Leningradi_Edasi_toimetus, lk 25
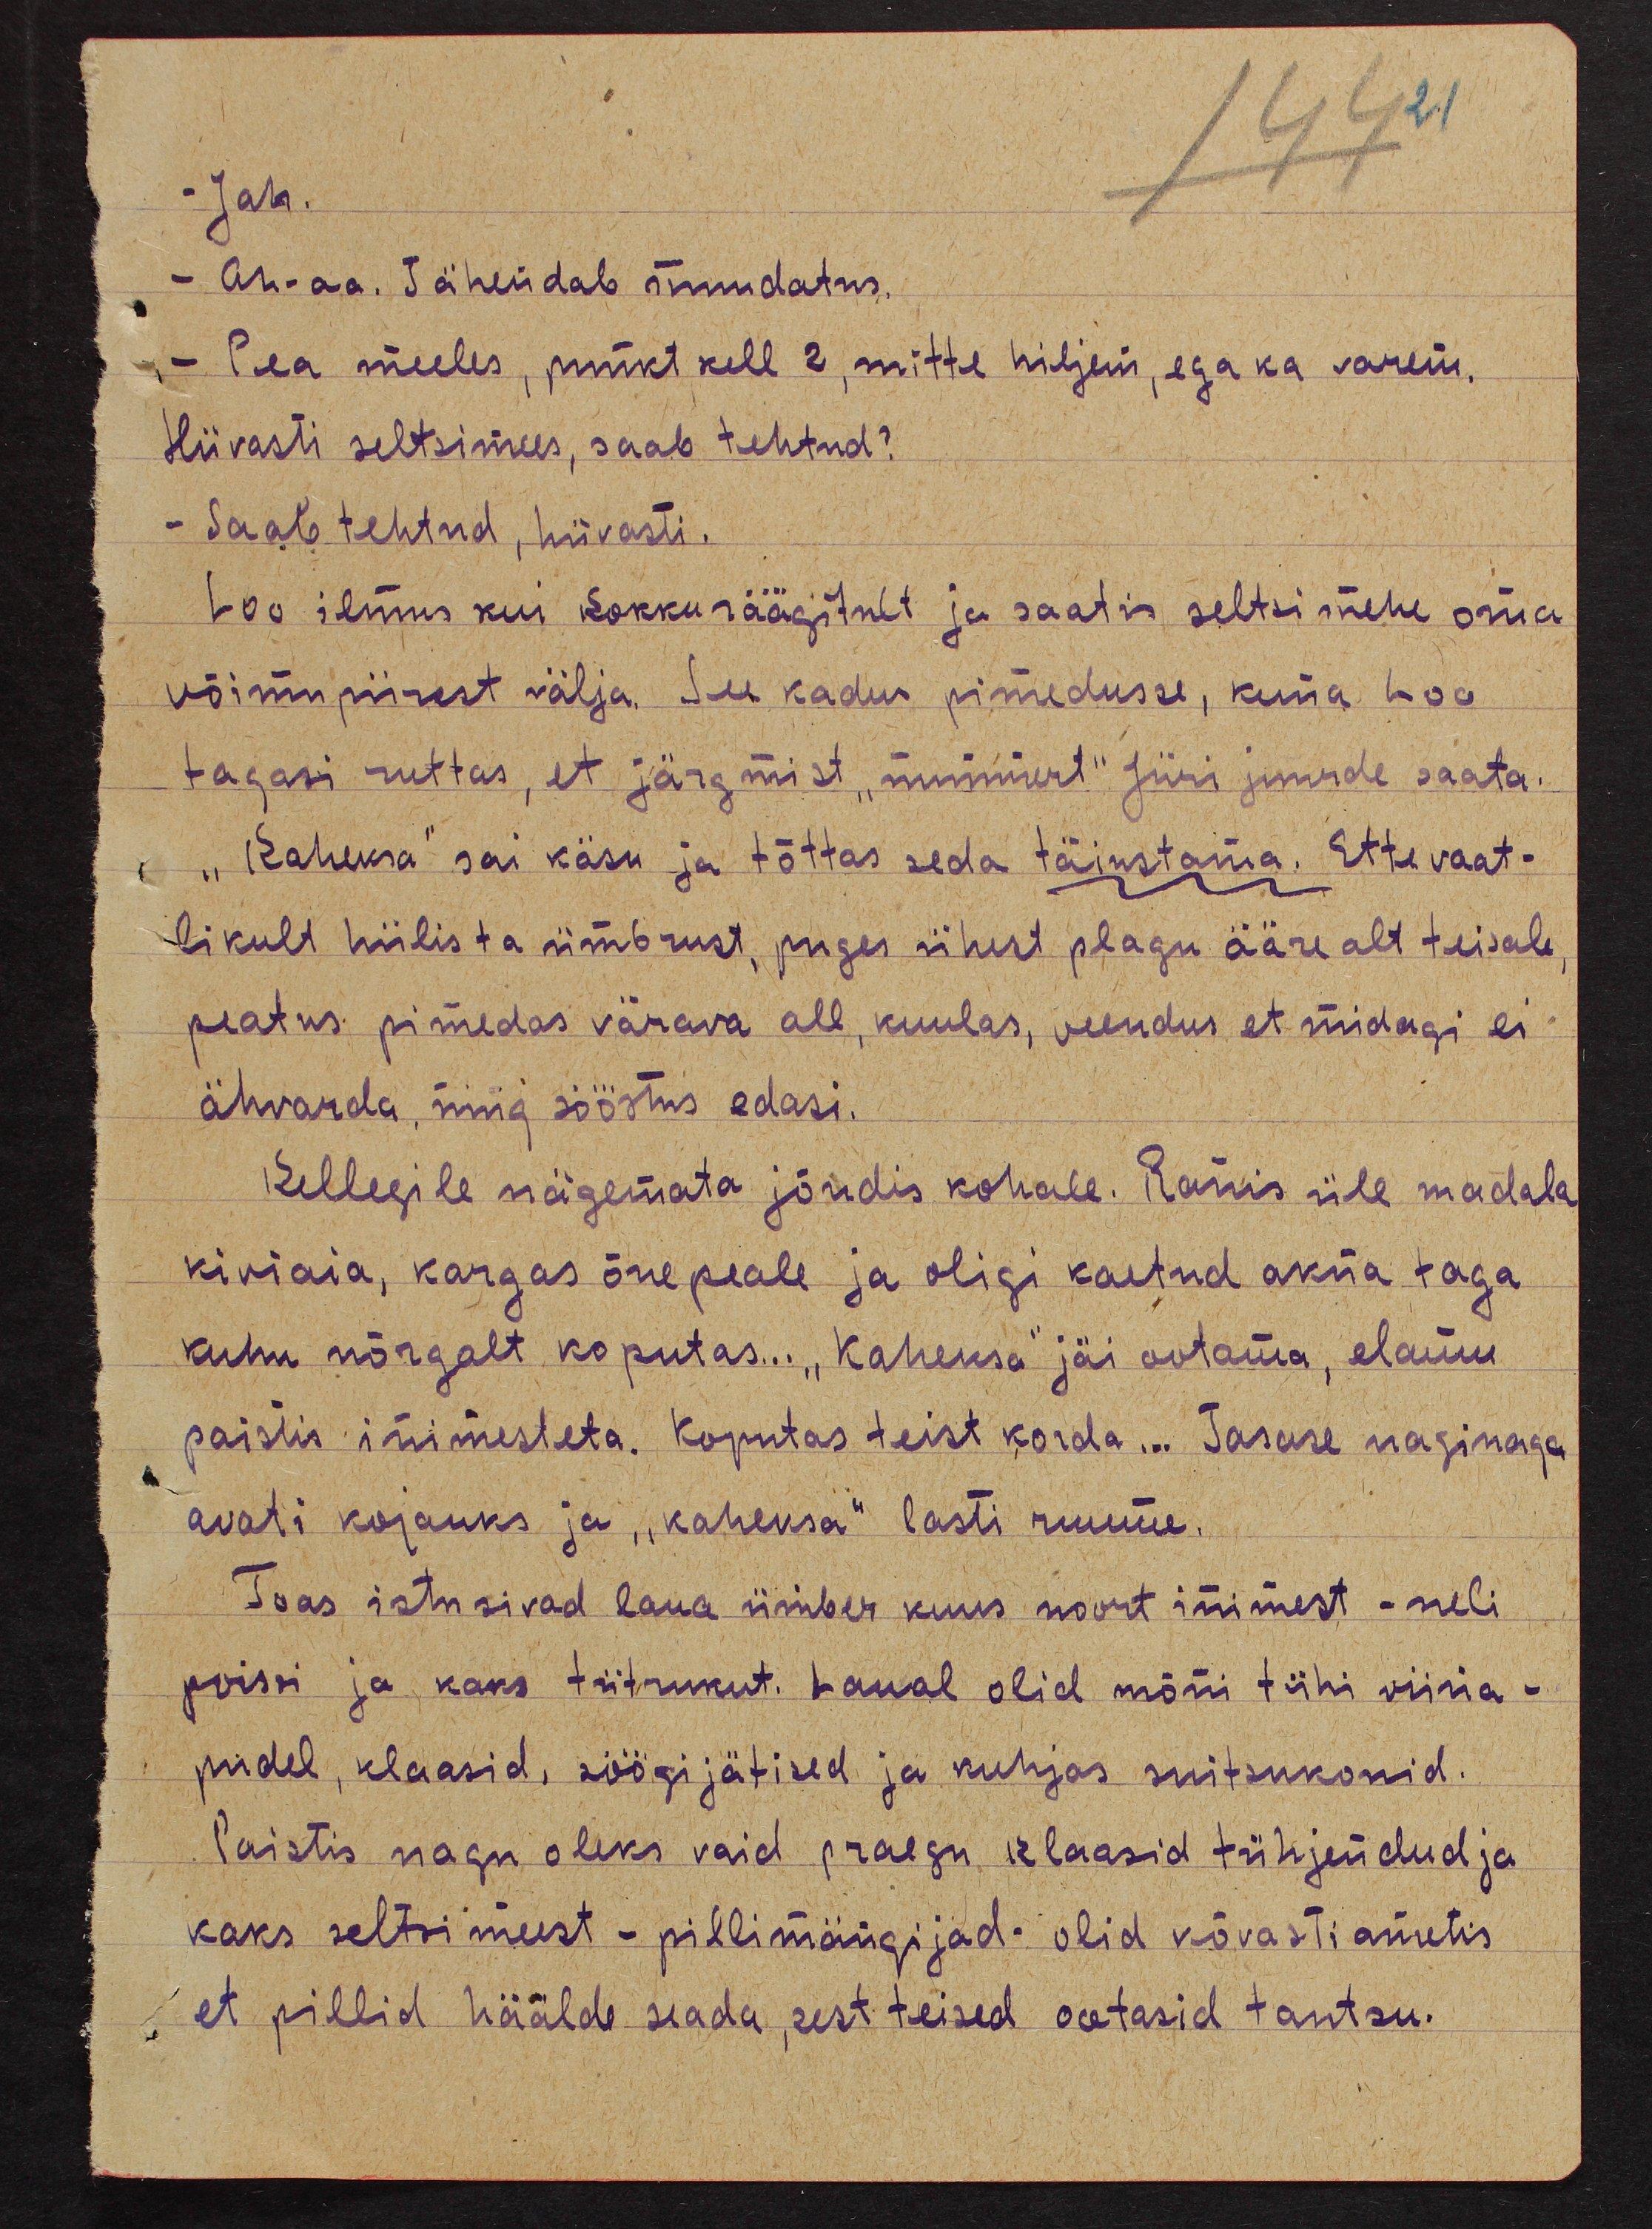
- Jah.
- Ah-aa. Tähendab muudatus.
- Pea meeles, punkt kell 2, mitte hiljem, ega ka varem.
Hüvasti seltsimees, saab tehtud?
- Saab tehtud, hüvasti.
Loo ilmus kui kokku räägitult ja saatis seltsimehe oma
võimupiirest välja. See kadus pimedusse, kuna Loo
tagasi ruttas, et järgmist "nummert" Jüri juurde saata.
"Kaheksa" sai käsu ja tõttas seda täiustama. Ettevaat-
likult hiilis ta ümbrust, puges ühest plagu ääre alt teisale
peatus pimedas värava all, kuulas, veendus et midagi ei
ähvarda, ning sööstis edasi.
Kellegile nägemata jõudis kohale. Ronis üle madala
kiviaia, kargas õue peale ja oligi kaetud akna taga
kuhu nõrgalt koputas... "Kaheksa" jäi ootama, elamu
paistis inimesteta. Koputas teist korda... Tasase naginaga
avati kojauks ja "kaheksa" lasti ruume.
Toas istusivad laua ümber kuus noort inimest - neli
poissi ja kaks tütrukut. Laual olid mõni tühi viina-
pudel, klaasid, söögi jätised ja kuhjas suitsukonid.
Paistis nagu oleks vaid praegu klaasid tühjendud ja
kaks seltsimeest - pillimängijad - olid kõvasti ametis
et pillid häälde seada, sest teised ootasid tantsu.